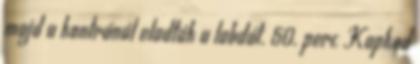
majd a kontránál eladták a labdát. 50. perc Kapkod